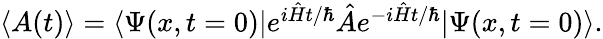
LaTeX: \begin{array}{r}{\langle A(t)\rangle=\langle\Psi(x,t=0)|e^{i\hat{H}t/\hbar}\hat{A}e^{-i\hat{H}t/\hbar}|\Psi(x,t=0)\rangle.}\end{array}